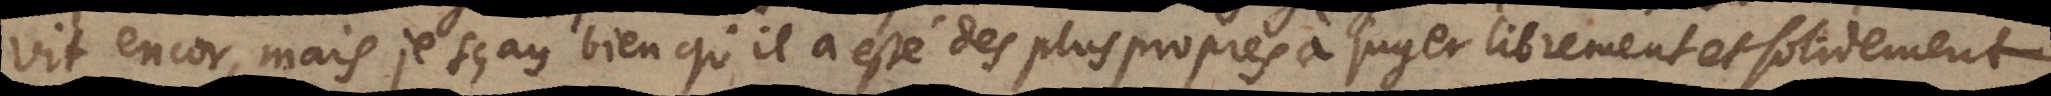
vit encor, mais je sçay bien qu’il a esté des plus propres à juger librement et solidement